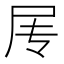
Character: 𰍱